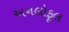
અનલોફૂલ